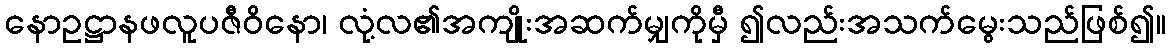
နောဥဋ္ဌာနဖလူပဇီဝိနော၊ လုံ့လ၏အကျိုးအဆက်မျှကိုမှီ ၍လည်းအသက်မွေးသည်ဖြစ်၍။